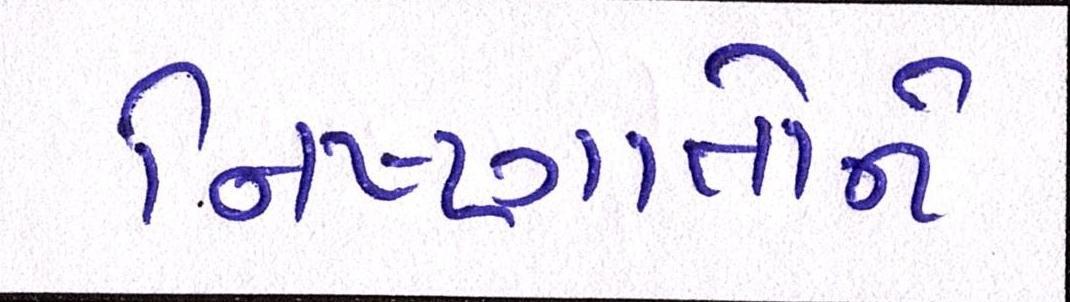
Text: નિષ્ણાતોને